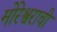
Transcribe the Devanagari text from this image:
मोरेश्वराची